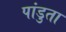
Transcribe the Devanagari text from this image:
पांडुता